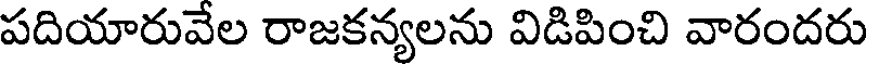
పదియారువేల రాజకన్యలను విడిపించి వారందరు